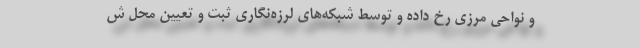
و نواحی مرزی رخ داده و توسط شبکه‌های لرزه‌نگاری ثبت و تعیین محل ش